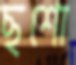
ছশো